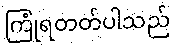
ကြုံရတတ်ပါသည်